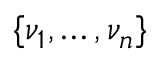
\{ \nu _ { 1 } , \dots , \nu _ { n } \}